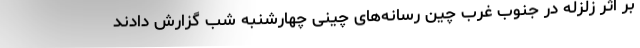
بر اثر زلزله در جنوب غرب چین رسانه‌های چینی چهارشنبه شب گزارش دادند